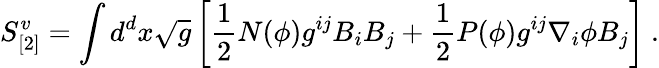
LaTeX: S_{[2]}^{v}=\int d^{d}x\sqrt{g}\left[\frac{1}{2}N(\phi)g^{ij}B_{i}B_{j}+\frac{1}{2}P(\phi)g^{ij}\nabla_{i}\phi B_{j}\right]~.